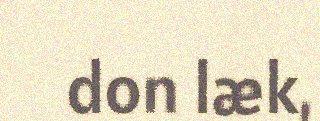
don læk,